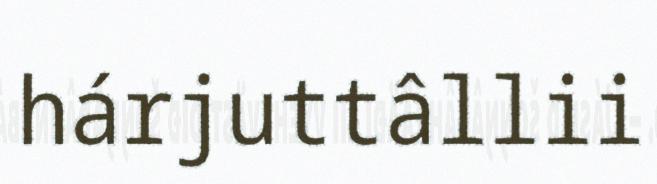
hárjuttâllii